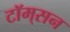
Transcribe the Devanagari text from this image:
टॉम्‌सन